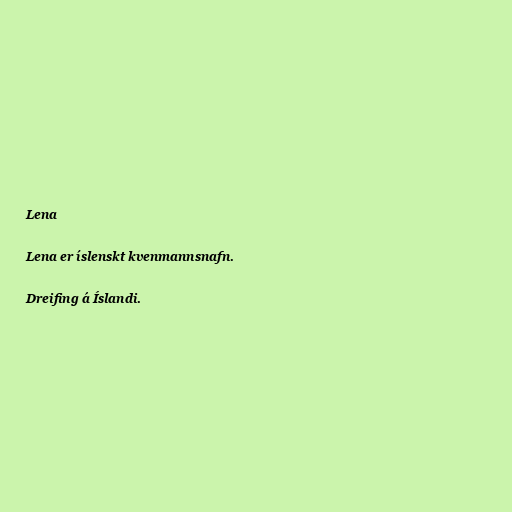
Lena

Lena er íslenskt kvenmannsnafn.

Dreifing á Íslandi.